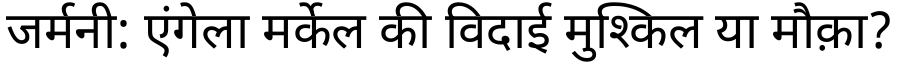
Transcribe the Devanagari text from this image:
जर्मनी: एंगेला मर्केल की विदाई मुश्किल या मौक़ा?